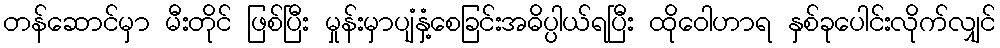
တန်ဆောင်မှာ မီးတိုင် ဖြစ်ပြီး မှုန်းမှာပျံနှံ့စေခြင်းအဓိပ္ပါယ်ရပြီး ထိုဝေါဟာရ နှစ်ခုပေါင်းလိုက်လျှင်